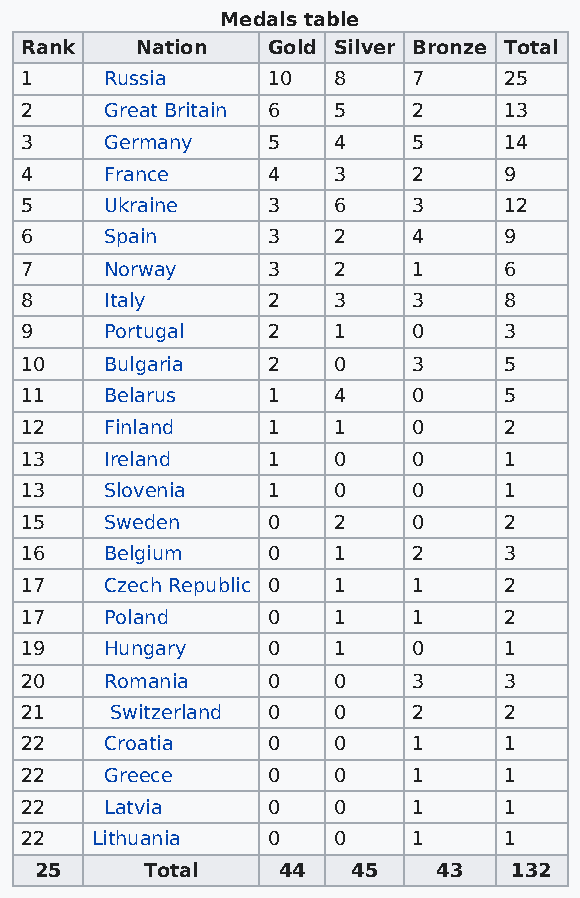
Medals table
 Rank    Nation   Gold Silver Bronze Total
 1     Russia     10  8    7     25
 2     Great Britain 6 5   2     13
 3     Germany    5   4    5     14
 4     France     4   3    2     9
 5     Ukraine    3   6    3     12
 6     Spain      3   2    4     9
 7     Norway     3   2    1     6
 8     Italy      2   3    3     8
 9     Portugal   2   1    0     3
 10    Bulgaria   2   0    3     5
 11    Belarus    1   4    0     5
 12    Finland    1   1    0     2
 13    Ireland    1   0    0     1
 13    Slovenia   1   0    0     1
 15    Sweden     0   2    0     2
 16    Belgium    0   1    2     3
 17    Czech Republic 0 1  1     2
 17    Poland     0   1    1     2
 19    Hungary    0   1    0     1
 20    Romania    0   0    3     3
 21    Switzerland 0  0    2     2
 22    Croatia    0   0    1     1
 22    Greece     0   0    1     1
 22    Latvia     0   0    1     1
 22   Lithuania   0   0    1     1
 25      Total   44   45    43   132